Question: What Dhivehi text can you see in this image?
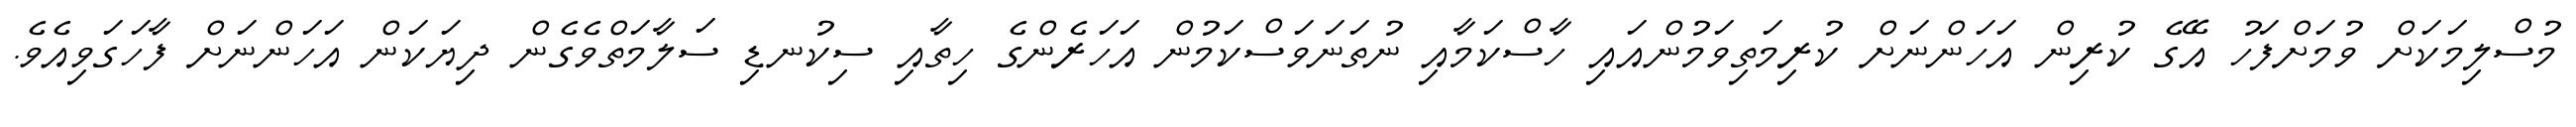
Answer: މުސްލިމަކަށް ވުމަށްފަހު އޭގެ ކުރިން އަހަންނަށް ކުރިމަތިވަމުންއައި ހާސްކަމާއި ނުތަނަވަސްކަމުން އަހަރެންގެ ހިތާއި ސިކުނޑި ސަލާމަތްވެގެން ދިޔަކަން އަހަންނަށް ފާހަގަވިއެވެ.